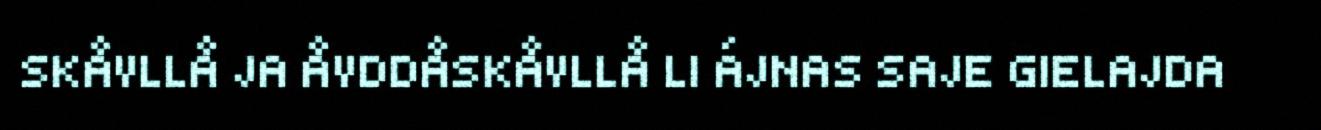
SKÅVLLÅ JA ÅVDDÅSKÅVLLÅ LI ÁJNAS SAJE GIELAJDA